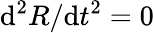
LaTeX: \mathrm{d}^{2}R/\mathrm{d}t^{2}=0